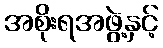
အစိုးရအဖွဲ့နှင့်